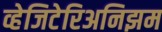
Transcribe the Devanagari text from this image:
व्हेजिटेरिअनिझम